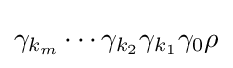
\gamma _{k_{m}}\dotsb \gamma _{k_{2}}\gamma _{k_{1}}\gamma _{0}\rho